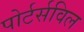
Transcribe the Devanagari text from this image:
पोर्टर्सविल